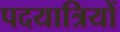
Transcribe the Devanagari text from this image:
पदयात्रियों